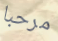
مرحبا